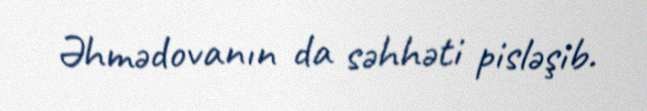
Əhmədovanın da səhhəti pisləşib.